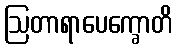
ဩတာရာပေက္ခောတိ